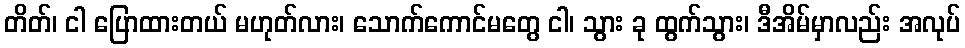
တိတ်၊ ငါ ပြောထားတယ် မဟုတ်လား၊ သောက်ကောင်မတွေ ငါ၊ သွား ခု ထွက်သွား၊ ဒီအိမ်မှာလည်း အလုပ်